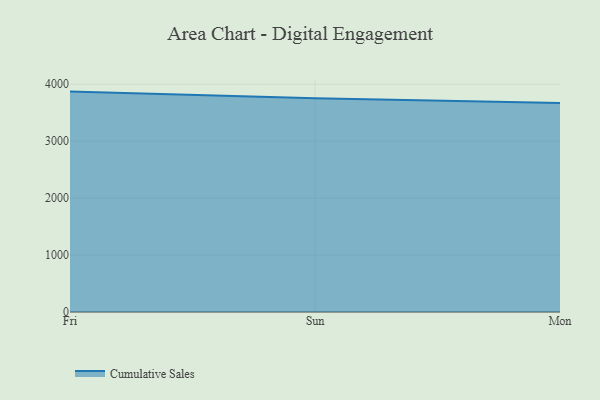
{"axis": {"x": "Day", "y": "Budget (USD K)"}, "legend": ["Cumulative Sales"], "data": [{"x": "Fri", "y": 3871.4, "type": "Cumulative Sales"}, {"x": "Sun", "y": 3752.9, "type": "Cumulative Sales"}, {"x": "Mon", "y": 3671.4, "type": "Cumulative Sales"}]}